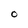
Character: o